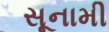
સૂનામી